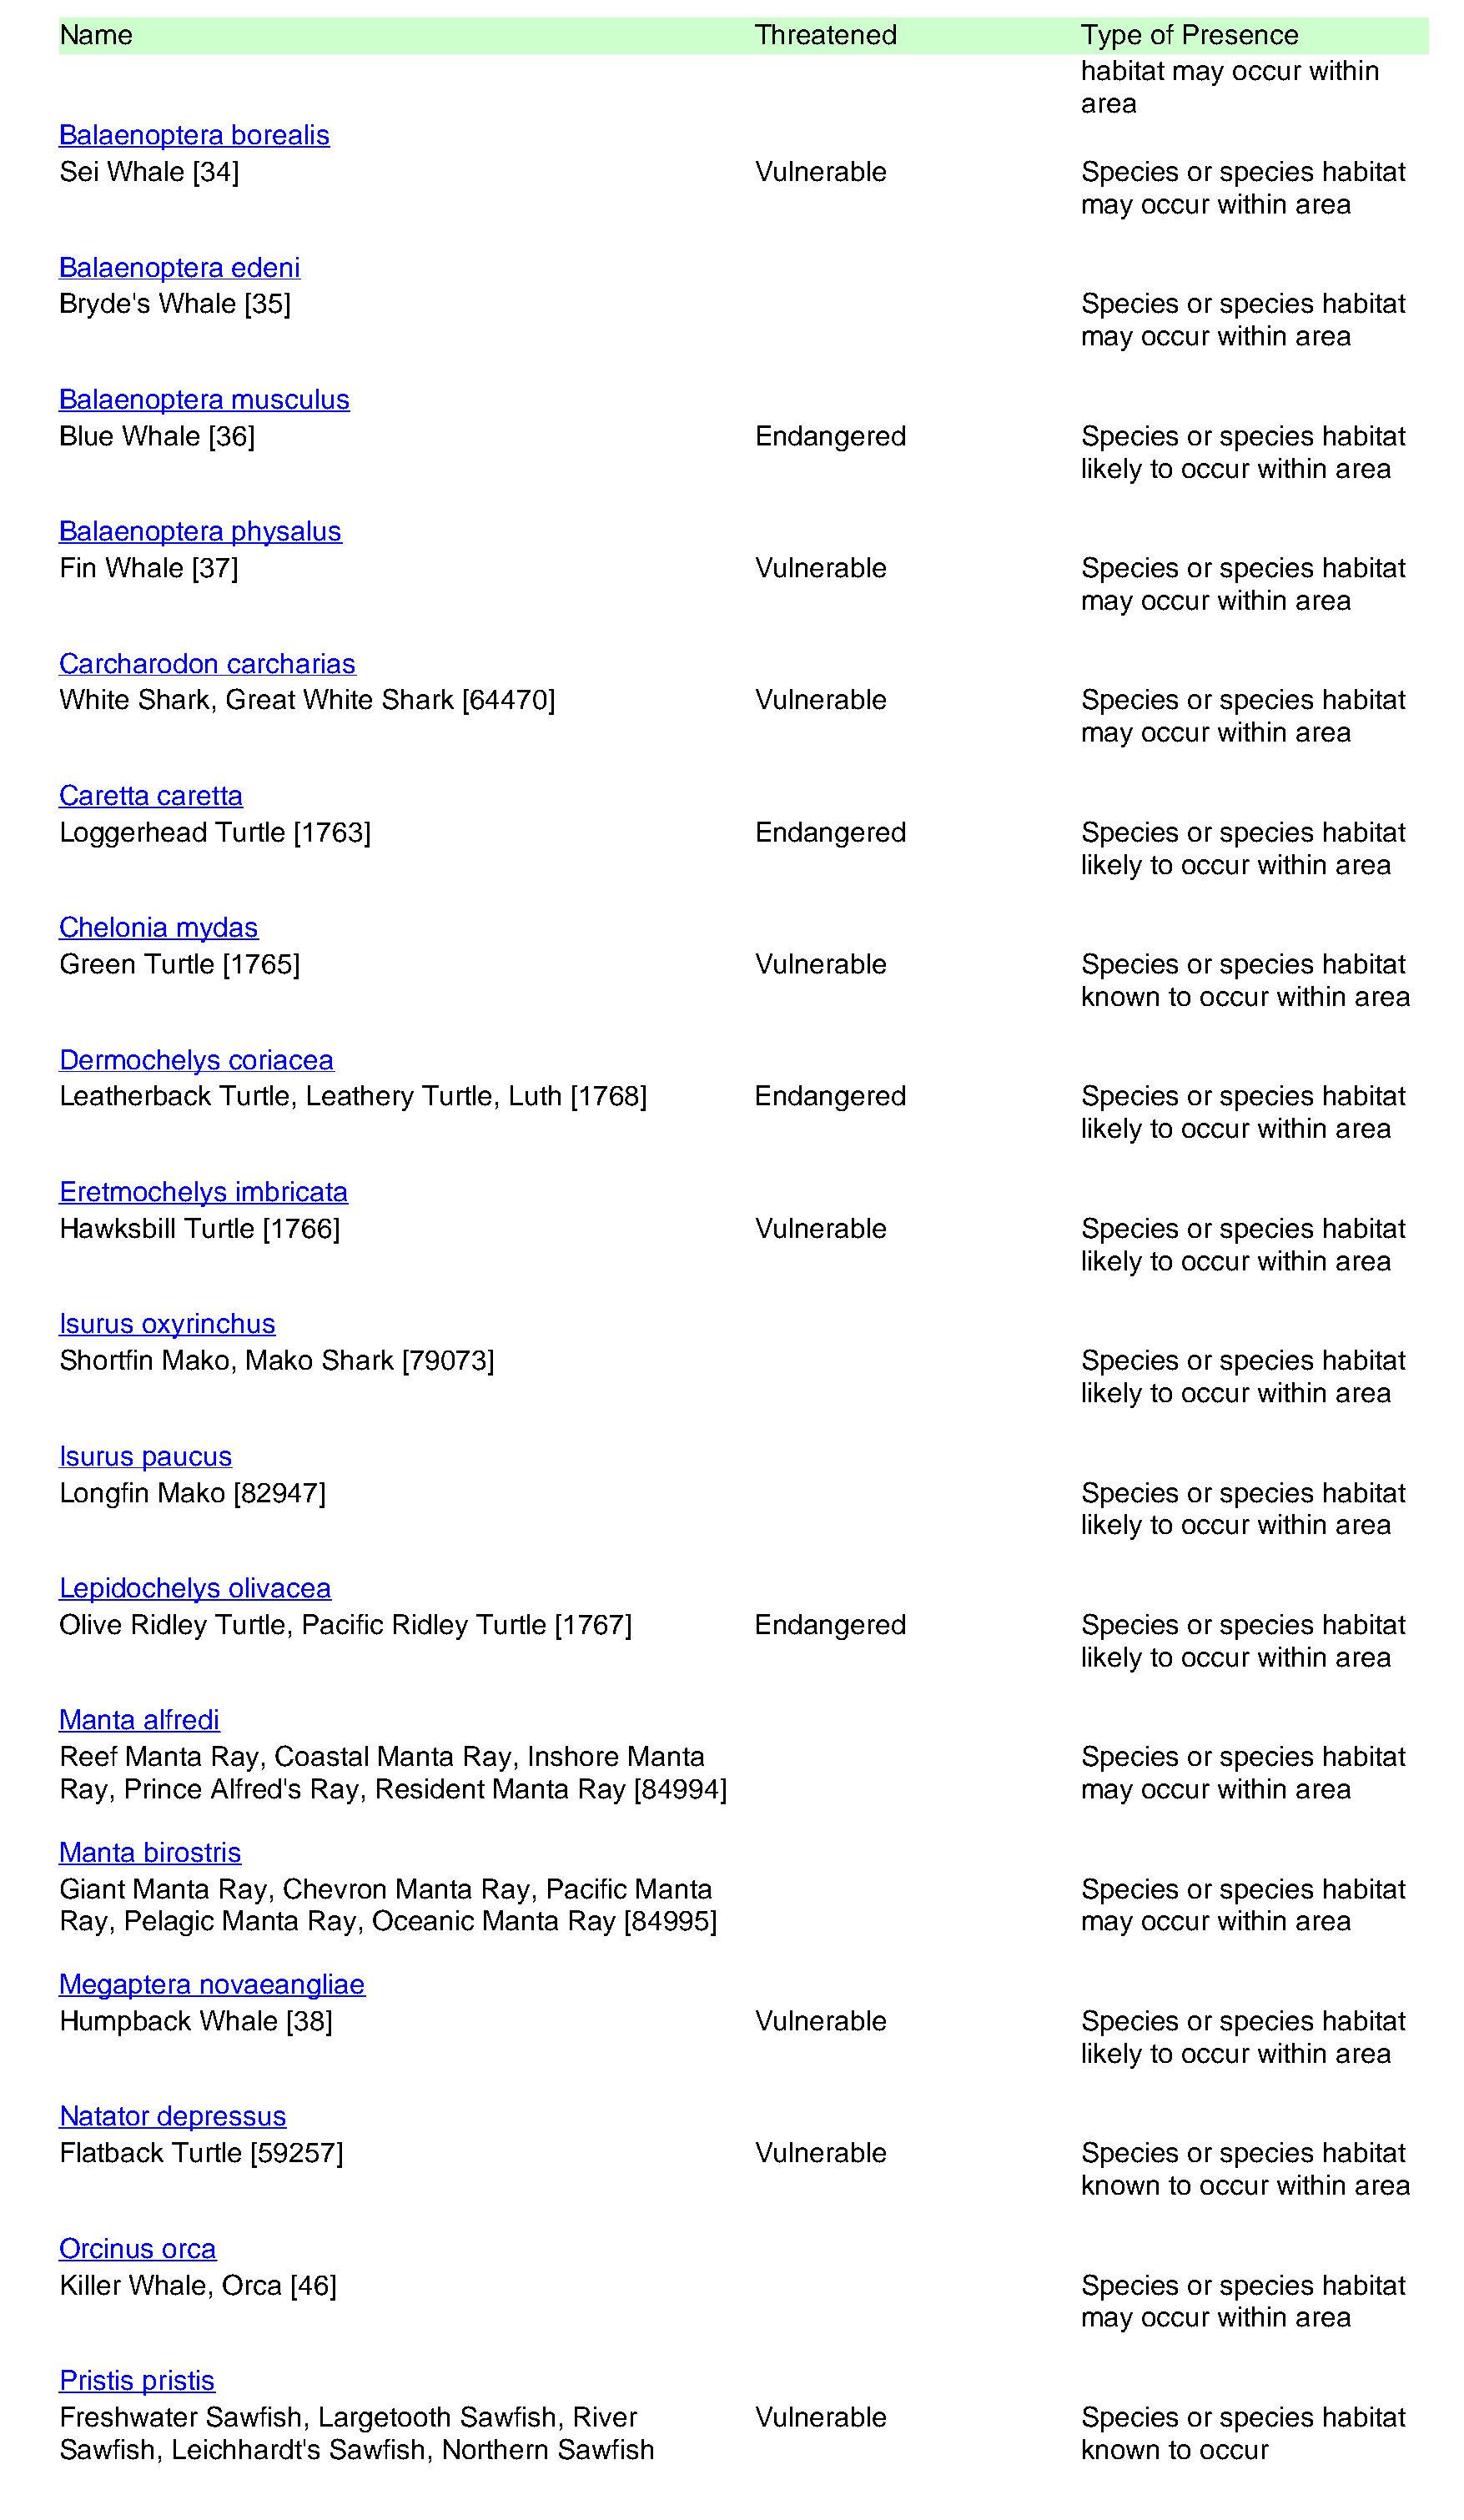
Name                                                   Threatened                Type of Presence
 habitat may occur within
 area
 Balaenoptera borealis
 Sei Whale [34]                                         Vulnerable                Species or species habitat
 may  occur within area
 Balaenoptera edeni
 Bryde's Whale [35]                                                               Species or species habitat
 may  occur within area
 Balaenoptera musculus
 Blue Whale  [36]                                       Endangered                Species or species habitat
 likely to occur within area
 Balaenoptera physalus
 Fin Whale [37]                                         Vulnerable                Species or species habitat
 may  occur within area
 Carcharodon  carcharias
 White Shark, Great White Shark  [64470]                Vulnerable                Species or species habitat
 may  occur within area
 Caretta caretta
 Loggerhead  Turtle [1763]                              Endangered                Species or species habitat
 likely to occur within area
 Chelonia mydas
 Green Turtle [1765]                                    Vulnerable                Species or species habitat
 known  to occur within area
 Dermochelys  coriacea
 Leatherback Turtle, Leathery Turtle, Luth [1768]       Endangered                Species or species habitat
 likely to occur within area
 Eretmochelys  imbricata
 Hawksbill Turtle [1766]                                Vulnerable                Species or species habitat
 likely to occur within area
 Isurus oxyrinchus
 Shortfin Mako, Mako  Shark [79073]                                               Species or species habitat
 likely to occur within area
 Isurus paucus
 Longfin Mako  [82947]                                                            Species or species habitat
 likely to occur within area
 Lepidochelys olivacea
 Olive Ridley Turtle, Pacific Ridley Turtle [1767]      Endangered                Species or species habitat
 likely to occur within area
 Manta alfredi
 Reef Manta  Ray, Coastal Manta  Ray, Inshore Manta                               Species or species habitat
 Ray, Prince Alfred's Ray, Resident Manta Ray [84994]                             may  occur within area
 Manta birostris
 Giant Manta Ray, Chevron  Manta  Ray, Pacific Manta                              Species or species habitat
 Ray, Pelagic Manta Ray,  Oceanic Manta  Ray  [84995]                             may  occur within area
 Megaptera  novaeangliae
 Humpback   Whale  [38]                                 Vulnerable                Species or species habitat
 likely to occur within area
 Natator depressus
 Flatback Turtle [59257]                                Vulnerable                Species or species habitat
 known  to occur within area
 Orcinus orca
 Killer Whale, Orca [46]                                                          Species or species habitat
 may  occur within area
 Pristis pristis
 Freshwater Sawfish, Largetooth Sawfish, River          Vulnerable                Species or species habitat
 Sawfish, Leichhardt's Sawfish, Northern Sawfish                                  known  to occur